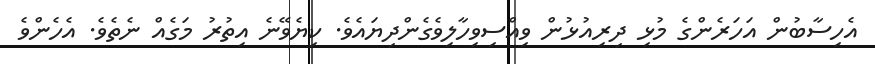
އެހިސާބުން އަހަރެންގެ މުޅި ދިރިއުޅުން ވިއްސިވިހާލިވެގެންދިޔައެވެ. ކިޔެވޭނެ އިތުރު މަގެއް ނެތެވެ. އެހެންވެ